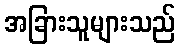
အခြားသူများသည်